Vital statistics of India. Vol. VI, European troops 1870-79
Year: 1870
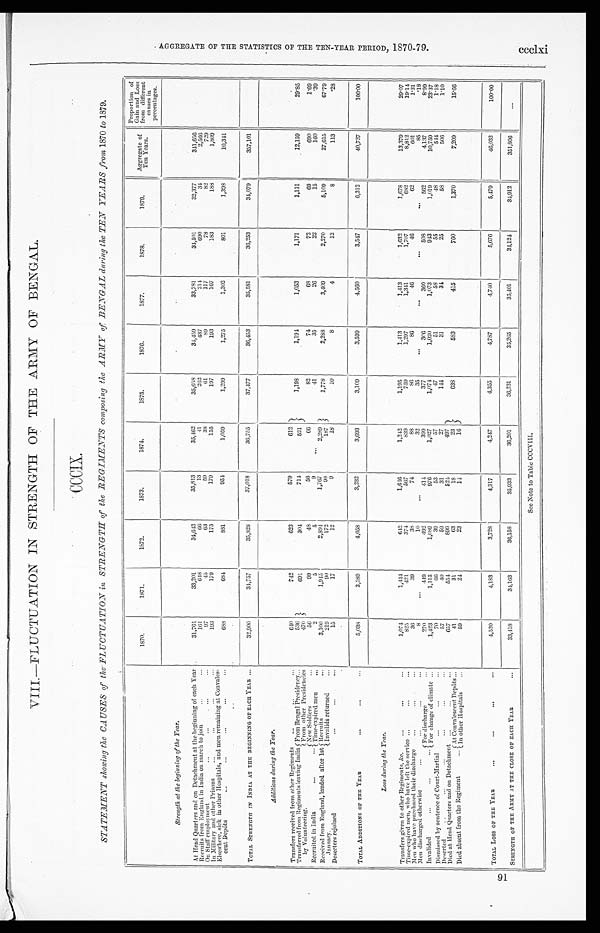
M MY OF BENGAL.
CCCIX.
S
VIII.—FLUCTUATION IN STRENGTH OF THE ARMY OF BENGAL.
CCCIX.
STATEMENT showing the CAUSES of the FLUCTUATION in STRENGTH of the REGIMENTS composing the ARMY of BENGAL during the TEN YEARS from 1870 to 1879.
1870.
1871.
1872.
1873.
1874.
1875.
1876.
1877.
1878.
1879.
Aggregate of
Ten Years.
Proportion of
Gai n and Loss from di fferent
causes in
percentages.
St rengt h at t he begi nni ng of t he Year.
At Head Quarters and on Detachment at the beginning of each Year
31,761
33,201
34,643
35,813
35,462
35,658
34,459
33,781
34,501
32,377
341,656
Recruits from England in India on march to join
. . .
...
161
648
66
13
41
262
437
214
690
34
2,566
On Staff employment
. . .
. . . ...
...
97
45
63
59
38
61
89
117
78
82
729
In Military and other Prisons
. . .
. . .
. . . ...
193
179
175
179
155
197
193
167
183
188
1,809
Elsewhere, sick in other Hospitals, and men remaining at Convales-
688
684
881
954
1,059
1,299
1,275
1,302
801
1,398
10,341
cent Depôts ...
. . .
. . . ...
...
TOTAL STRENGTH IN INDIA AT THE BEGINNING OF EACH YEAR ...
32,900
34,757
35,828
37,018
36,755
37,477
36,453
35,581
36,253
34,079
357,101
Additions during the Year.
Transfers received from other Regiments
. . .
. . . ...
640
742
623
579
612
1,198
1,194
1,053
1,171
1,111
12,159
29.85
Transferred from Regiments leaving India
by Volunteering.
From Bengal Presidency ...
536
691
304
714
521
From other Presidencies
470
Recruited in India ... ...
New Soldier
...
56
99
48
56
66
82
74
6 8
72
69
690
1.69
Time-expired men
...
2
5
5
9
. . .
41
35
26
22
15
160
.39
Received from England, landed after 1st
January.
Recruits
...
3,100
1,945
2,894
1,767
2,289
1,778
2,288
3,409
2,270
5,109
27,615
67.79
Invalids returned ...
219
90
172
9 8
187
Deserters rejoined
. . .
. . .
...
15
17
12
9
18
10
8
4
12
8
113
.28
TOTAL ADDITIONS OF THE YEAR
...
...
...
5,038
3,589
4,058
3,232
3,693
3,109
3,599
4,560
3,547
6,312
40,737
100.00
L o s s d u r i n g t h e Y e a r .
Transfers given to other Regiments, &c.
. . .
. . . ...
1,074
1,444
642
1,646
1,242
1,195
1,413
1,413
1,632
1,678
13,379
29.07
Time-expired men, who have left the service
. . .
. . .
...
825
421
374
567
839
759
1,297
1,341
1,707
682
8,812
19.14
Men who have purchased their discharge
. . .
. . .
...
3 6
39
38
74
88
86
86
46
46
62
601
1.31
Men discharged otherwise
. . . . . .
. . . ...
8
...
10
. . .
32
35
. . .
. . . ...
. . .
85
.18
Invalided
...
...
. . .
For di scharge
...
270
449
492
414
399
377
306
360
508
562
4,137
8.99
F o r c h a n g e o f c l i m a t e
...
1,423
1,115
1,089
976
1,027
1,074
1,020
1,073
943
1,019
1 0 , 7 5 9
2 3 . 3 7
Dismissed by sentence of Court-Martial ...
. . . ...
70
6 6
39
53
57
47
51
58
55
48
544
1.18
Deserted ...
...
. . . ...
. . .
...
57
4 0
59
31
27
144
31
34
25
58
506
1.10
Died at Head Quarters and on Detachment
...
. . . ...
657
554
899
524
497
Died absent from the Regiment
. . . At Convalescent Depôts ...
41
31
63
18
23
638
583
415
760
1,370
' 7,209
15.66
In other Hospitals ...
59
24
23
14
16
TOTAL LOSS OF THE YEAR
...
...
...
..
4,520
4,183
3,728
4,317
4,247
4,355
4,787
4,740
5,676
5,479
46,032
100.00
STRENGTH OF THE ARMY AT THE CLOSE OF EACH YEAR
...
33,418
34,163
36,158
35,933
36,201
36,231
35,265
35,401
34,124
34,912
351,806
. . .
See Note to Table CCCVIII.
A
G G R E G A T E O F T H E S T A T I S T I C S O F T H E T E N - Y E A R P E R I O D , 1 8 7 0 - 7 9 . c c c l x i
9 1